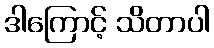
ဒါကြောင့် သိတာပါ